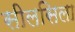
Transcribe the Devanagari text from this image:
सीलसिला